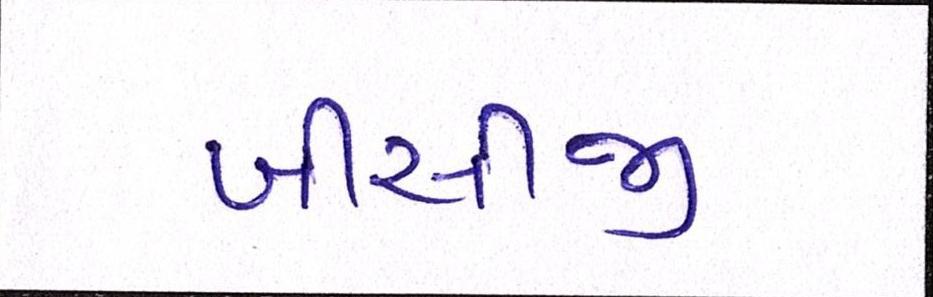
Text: બીસીજી